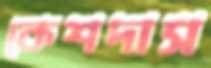
কেশদাস